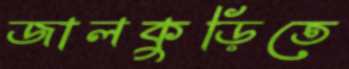
জালকুড়িতে